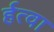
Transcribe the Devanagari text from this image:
र्हत्वा